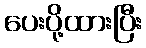
ပေးပို့ထားပြီး